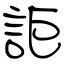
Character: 詎